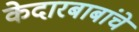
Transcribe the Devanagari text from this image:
केदारबाबांचे